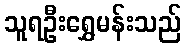
သူရဦးရွှေမန်းသည်